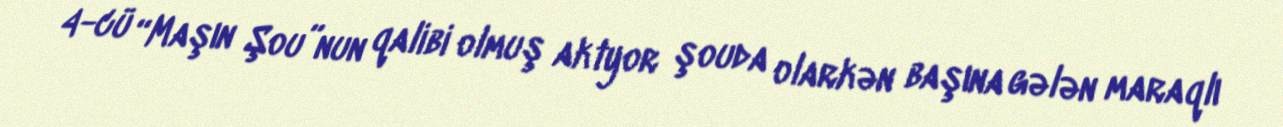
4-cü “Maşın Şou”nun qalibi olmuş aktyor şouda olarkən başına gələn maraqlı